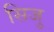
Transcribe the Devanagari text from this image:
सिजु